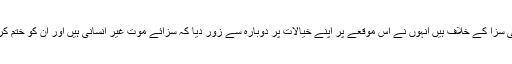
جو لوگ موت کی سزا کے خلاف ہیں انہوں نے اس موقعے پر اپنے خیالات پر دوبارہ سے زور دیا کہ سزائے موت غیر انسانی ہیں اور ان کو ختم کردیا جانا چاہئیے۔